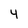
Character: 4